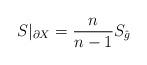
LaTeX: \begin{align*} S|_{\partial X}=\frac{n}{n-1}S_{\hat{g}}\end{align*}